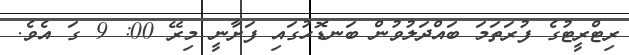
ރިޓްރީޓުގެ ފުރަތަމަ ބައްދަލުވުން ބަނޑޮހުގައި ފަށާނީ މިރޭ 00: 9 ގަ އެވެ.